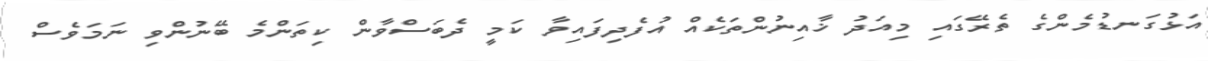
އަޅުގަނޑުމެންގެ ތެރޭގައި މިއަދު ޚާއިނުންތަކެއް އުފެދިފައިވާ ކަމީ ދެބަސްވާން ކިތަންމެ ބޭނުންވި ނަމަވެސް